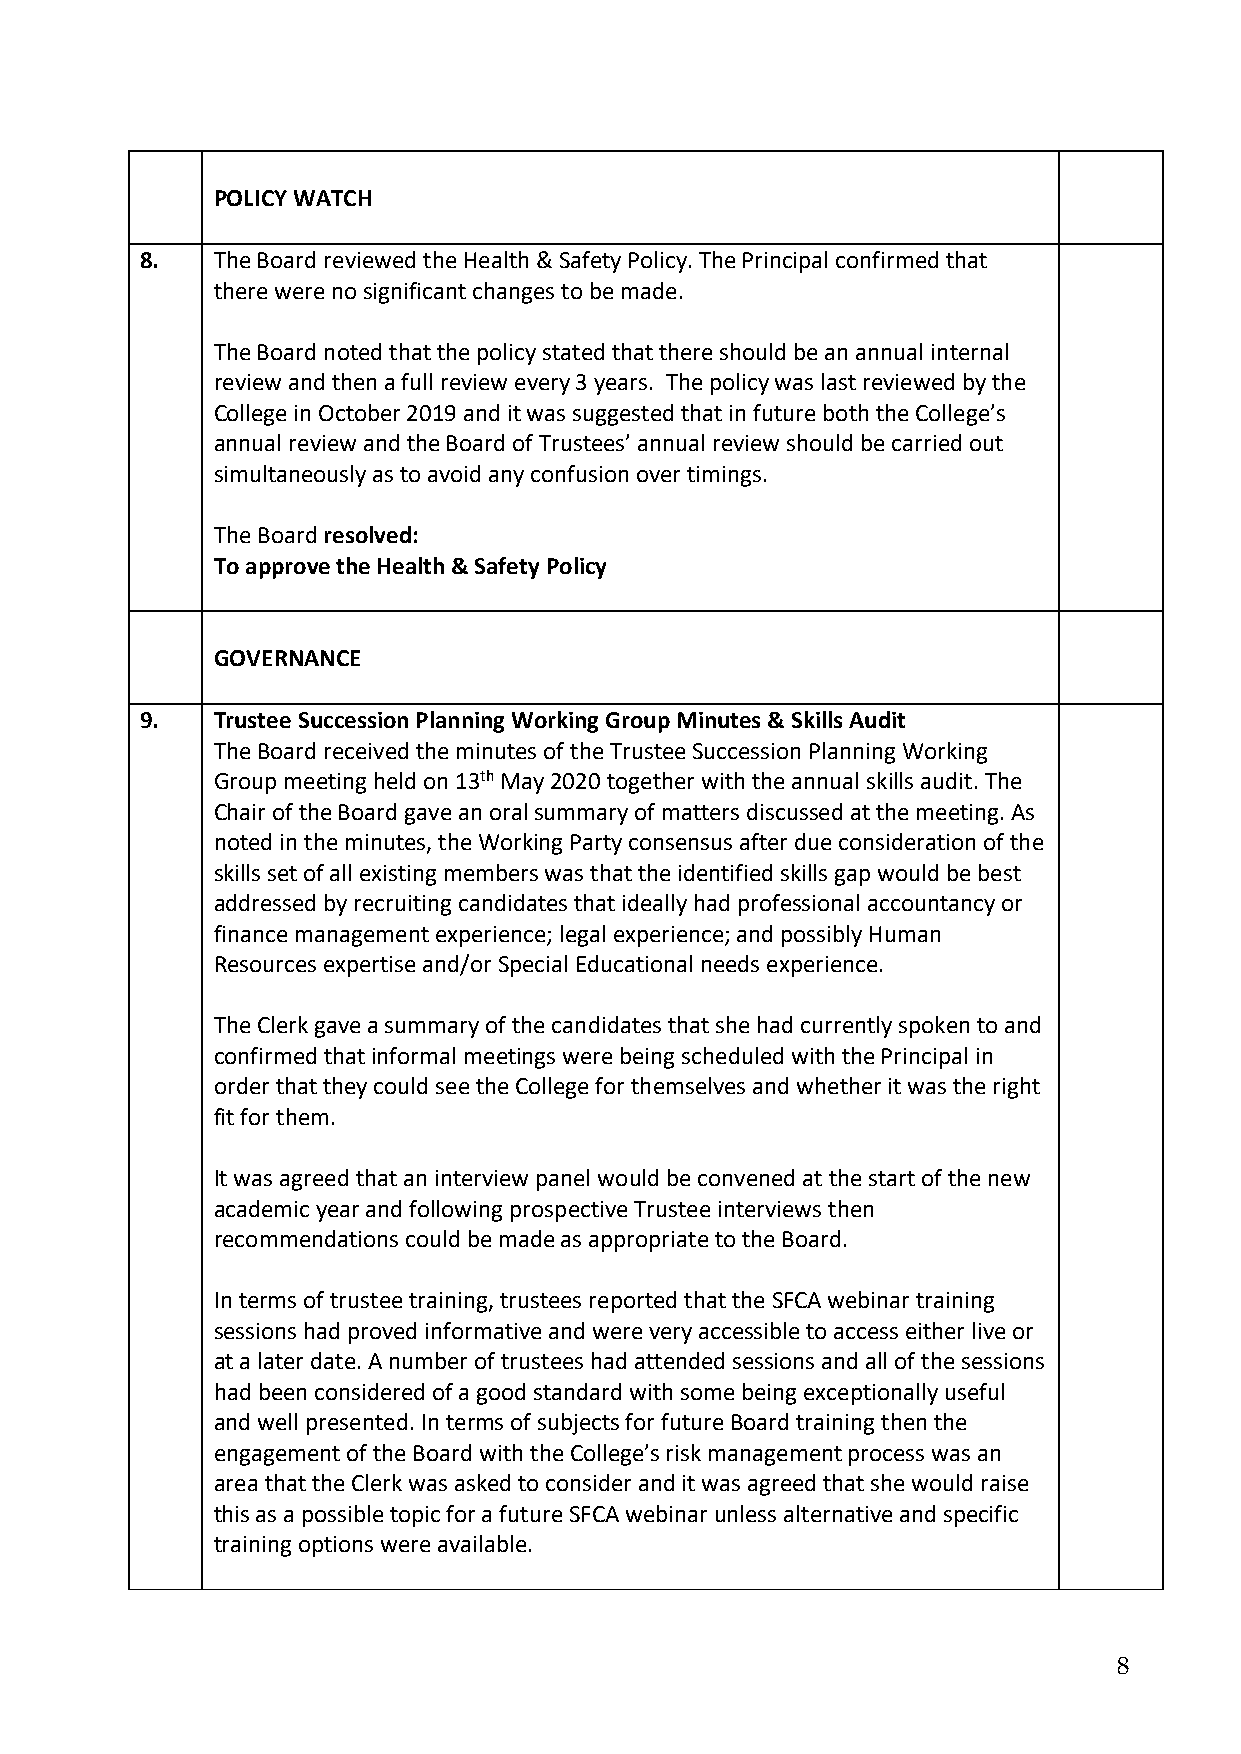
POLICY WATCH
 8.   The Board reviewed the Health & Safety Policy. The Principal confirmed that
 there were no significant changes to be made.
 The Board noted that the policy stated that there should be an annual internal
 review and then a full review every 3 years. The policy was last reviewed by the
 College in October 2019 and it was suggested that in future both the College’s
 annual review and the Board of Trustees’ annual review should be carried out
 simultaneously as to avoid any confusion over timings.
 The Board resolved:
 To approve the Health & Safety Policy
 GOVERNANCE
 9.   Trustee Succession Planning Working Group Minutes & Skills Audit
 The Board received the minutes of the Trustee Succession Planning Working
 Group meeting held on 13th May 2020 together with the annual skills audit. The
 Chair of the Board gave an oral summary of matters discussed at the meeting. As
 noted in the minutes, the Working Party consensus after due consideration of the
 skills set of all existing members was that the identified skills gap would be best
 addressed by recruiting candidates that ideally had professional accountancy or
 finance management experience; legal experience; and possibly Human
 Resources expertise and/or Special Educational needs experience.
 The Clerk gave a summary of the candidates that she had currently spoken to and
 confirmed that informal meetings were being scheduled with the Principal in
 order that they could see the College for themselves and whether it was the right
 fit for them.
 It was agreed that an interview panel would be convened at the start of the new
 academic year and following prospective Trustee interviews then
 recommendations could be made as appropriate to the Board.
 In terms of trustee training, trustees reported that the SFCA webinar training
 sessions had proved informative and were very accessible to access either live or
 at a later date. A number of trustees had attended sessions and all of the sessions
 had been considered of a good standard with some being exceptionally useful
 and well presented. In terms of subjects for future Board training then the
 engagement of the Board with the College’s risk management process was an
 area that the Clerk was asked to consider and it was agreed that she would raise
 this as a possible topic for a future SFCA webinar unless alternative and specific
 training options were available.
 8